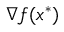
\nabla f ( x ^ { * } )